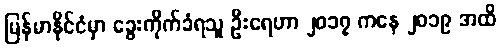
မြန်မာနိုင်ငံမှာ ခွေးကိုက်ခံရသူ ဦးရေဟာ ၂၀၁၇ ကနေ ၂၀၁၉ အထိ